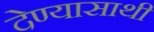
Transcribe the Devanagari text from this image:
देण्यासाथी